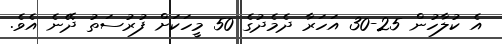
އެ ކުލާހުން 25-30 އަހަރާ ދެމެދުގެ 50 މީހަކަށް ފުރުސަތު ދޭނެ އެވެ.